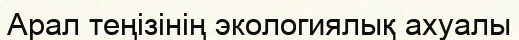
Арал теңізінің экологиялық ахуалы